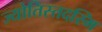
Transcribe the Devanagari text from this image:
ज्योतिस्तदस्मि